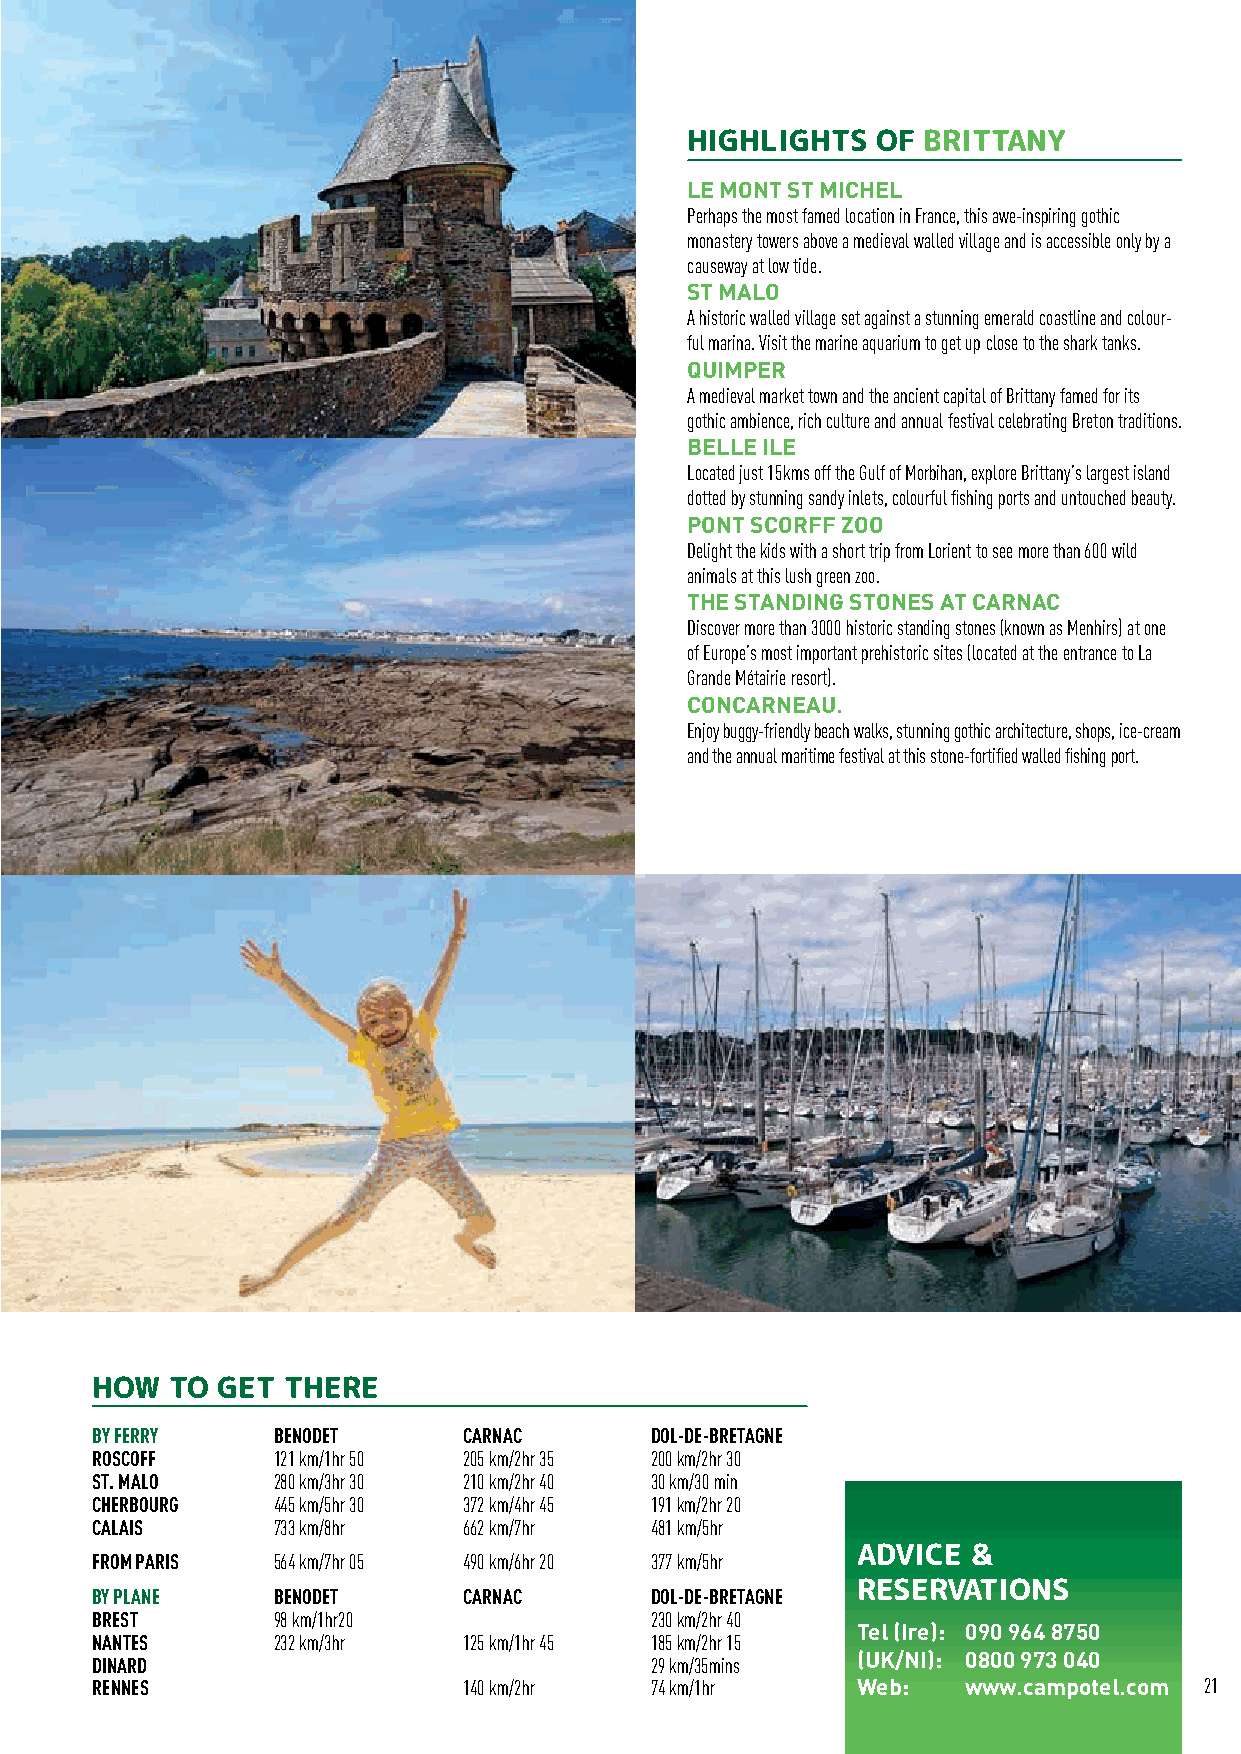
BRITTANY FRANCE
 HIGHLIGHTS   OF BRITTANY
 LE MONT ST MICHEL
 Perhaps the most famed location in France, this awe-inspiring gothic
 monastery towers above a medieval walled village and is accessible only by a
 causeway at low tide.
 ST MALO
 A historic walled village set against a stunning emerald coastline and colour-
 ful marina. Visit the marine aquarium to get up close to the shark tanks.
 QUIMPER
 A medieval market town and the ancient capital of Brittany famed for its
 gothic ambience, rich culture and annual festival celebrating Breton traditions.
 BELLE ILE
 Located just 15kms off the Gulf of Morbihan, explore Brittany’s largest island
 dotted by stunning sandy inlets, colourful fishing ports and untouched beauty.
 PONT SCORFF ZOO
 Delight the kids with a short trip from Lorient to see more than 600 wild
 animals at this lush green zoo.
 THE STANDING STONES AT CARNAC
 Discover more than 3000 historic standing stones (known as Menhirs) at one
 of Europe’s most important prehistoric sites (located at the entrance to La
 Grande Métairie resort).
 CONCARNEAU.
 Enjoy buggy-friendly beach walks, stunning gothic architecture, shops, ice-cream
 and the annual maritime festival at this stone-fortified walled fishing port.
 HOW  TO GET  THERE
 BY FERRY    BENODET      CARNAC      DOL-DE-BRETAGNE
 ROSCOFF     121 km/1hr 50 205 km/2hr 35 200 km/2hr 30
 ST. MALO    280 km/3hr 30 210 km/2hr 40 30 km/30 min
 CHERBOURG   445 km/5hr 30 372 km/4hr 45 191 km/2hr 20
 CALAIS      733 km/8hr   662 km/7hr  481 km/5hr
 ADVICE &
 FROM PARIS  564 km/7hr 05 490 km/6hr 20 377 km/5hr
 BY PLANE    BENODET      CARNAC      DOL-DE-BRETAGNE RESERVATIONS
 BREST       98 km/1hr20              230 km/2hr 40
 Tel (Ire): 090 964 8750
 NANTES      232 km/3hr   125 km/1hr 45 185 km/2hr 15
 DINARD                               29 km/35mins  (UK/NI): 0800 973 040
 RENNES                   140 km/2hr  74 km/1hr     Web:   www.campotel.com 21